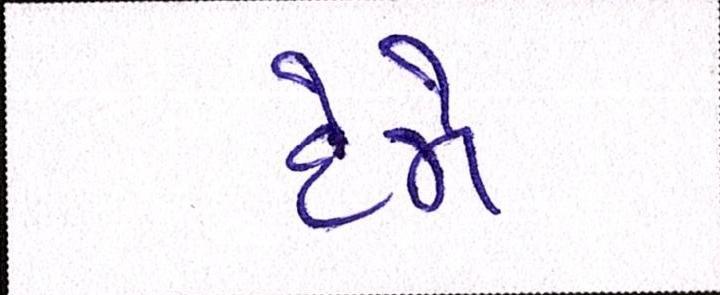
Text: દેજો